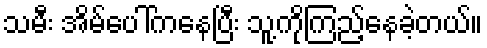
သမီး အိမ်ပေါ်ကနေပြီး သူ့ကိုကြည့်နေခဲ့တယ်။